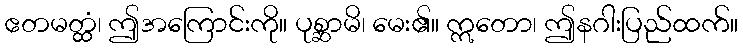
ဧတမတ္ထံ၊ ဤအကြောင်းကို။ ပုစ္ဆာမိ၊ မေး၏။ ဣတော၊ ဤနဂါးပြည်ထက်။